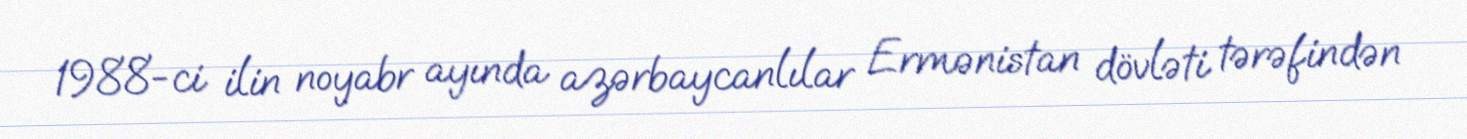
1988-ci ilin noyabr ayında azərbaycanlılar Ermənistan dövləti tərəfindən